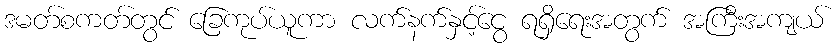
ဒမတ်စကတ်တွင် ခြေကုပ်ယူကာ လက်နက်နှင့်ငွေ ရရှိရေးအတွက် အကြီးအကျယ်